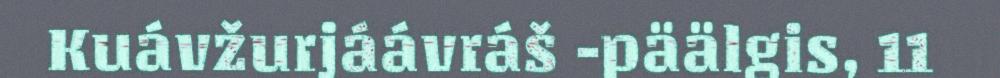
Kuávžurjáávráš -päälgis, 11